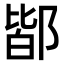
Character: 𨜡